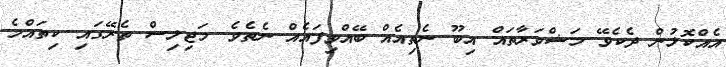
އެއްކޮޅުން ދެކެވޭ މަޝްވަރާތައް އިބޫ ނެތިއެއް ބޭއްވިފައެއް ނެތެވެ. މަޖިލިސް ތެރޭގައި ކިތައްމެ